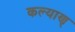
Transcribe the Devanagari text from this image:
कल्याण्